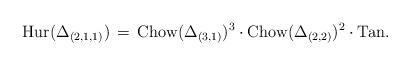
LaTeX: \begin{align*} {\rm Hur}(\Delta_{(2,1,1)}) \, = \,{\rm Chow}(\Delta_{(3,1)})^3 \cdot {\rm Chow}(\Delta_{(2,2)})^2 \cdot {\rm Tan}.\end{align*}